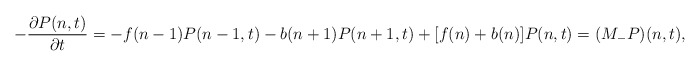
\begin{align*}-\frac{\partial P(n,t)}{\partial t}= -f(n-1)P(n-1,t)-b(n+1)P(n+1,t)+[f(n)+b(n)]P(n,t)= (M_{-}P)(n,t),\end{align*}